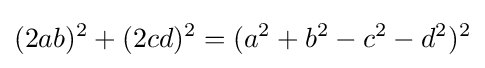
(2ab)^{2}+(2cd)^{2}=(a^{2}+b^{2}-c^{2}-d^{2})^{2}